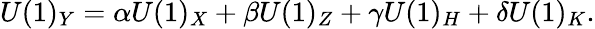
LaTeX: U(1)_{Y}=\alpha U(1)_{X}+\beta U(1)_{Z}+\gamma U(1)_{H}+\delta U(1)_{K}.